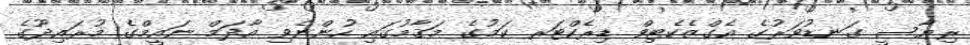
ރިޔާސީ ގަނޑުވަރުގެ އެގްޒެކެޓިވް ޑިރެކްޓަރ ކަމުގެ މަޤާމުގައި ހުންނެވި އާދަމް ނައީމްގެ މުރައިދޫގެ